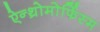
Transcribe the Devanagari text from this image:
ऐन्थ्रोमोर्फिस्म